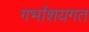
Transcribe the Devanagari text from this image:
गर्भाशयगत